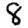
Digit: 8